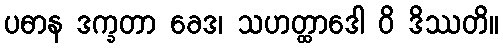
ပဓာန ဒက္ခတာ ခေဒ၊ သဟတ္ထာဒေါ ဝိ ဒိဿတိ။